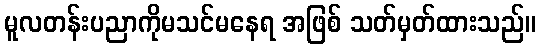
မူလတန်းပညာကိုမသင်မနေရ အဖြစ် သတ်မှတ်ထားသည်။